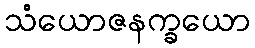
သံယောဇနက္ခယော